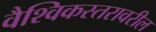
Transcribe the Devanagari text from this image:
वैश्विकस्तरावरील